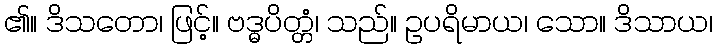
၏။ ဒိသတော၊ ဖြင့်။ ဗဒ္ဓပိတ္တံ၊ သည်။ ဥပရိမာယ၊ သော။ ဒိသာယ၊